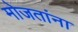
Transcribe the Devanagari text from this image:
मोजतांना